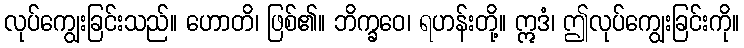
လုပ်ကျွေးခြင်းသည်။ ဟောတိ၊ ဖြစ်၏။ ဘိက္ခဝေ၊ ရဟန်းတို့။ ဣဒံ၊ ဤလုပ်ကျွေးခြင်းကို။